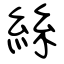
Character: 絲